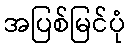
အပြစ်မြင်ပုံ